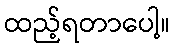
ထည့်ရတာပေါ့။